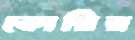
কোরির